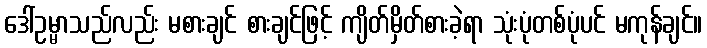
ဒေါ်ဥမ္မာသည်လည်း မစားချင် စားချင်ဖြင့် ကျိတ်မှိတ်စားခဲ့ရာ သုံးပုံတစ်ပုံပင် မကုန်ချင်။